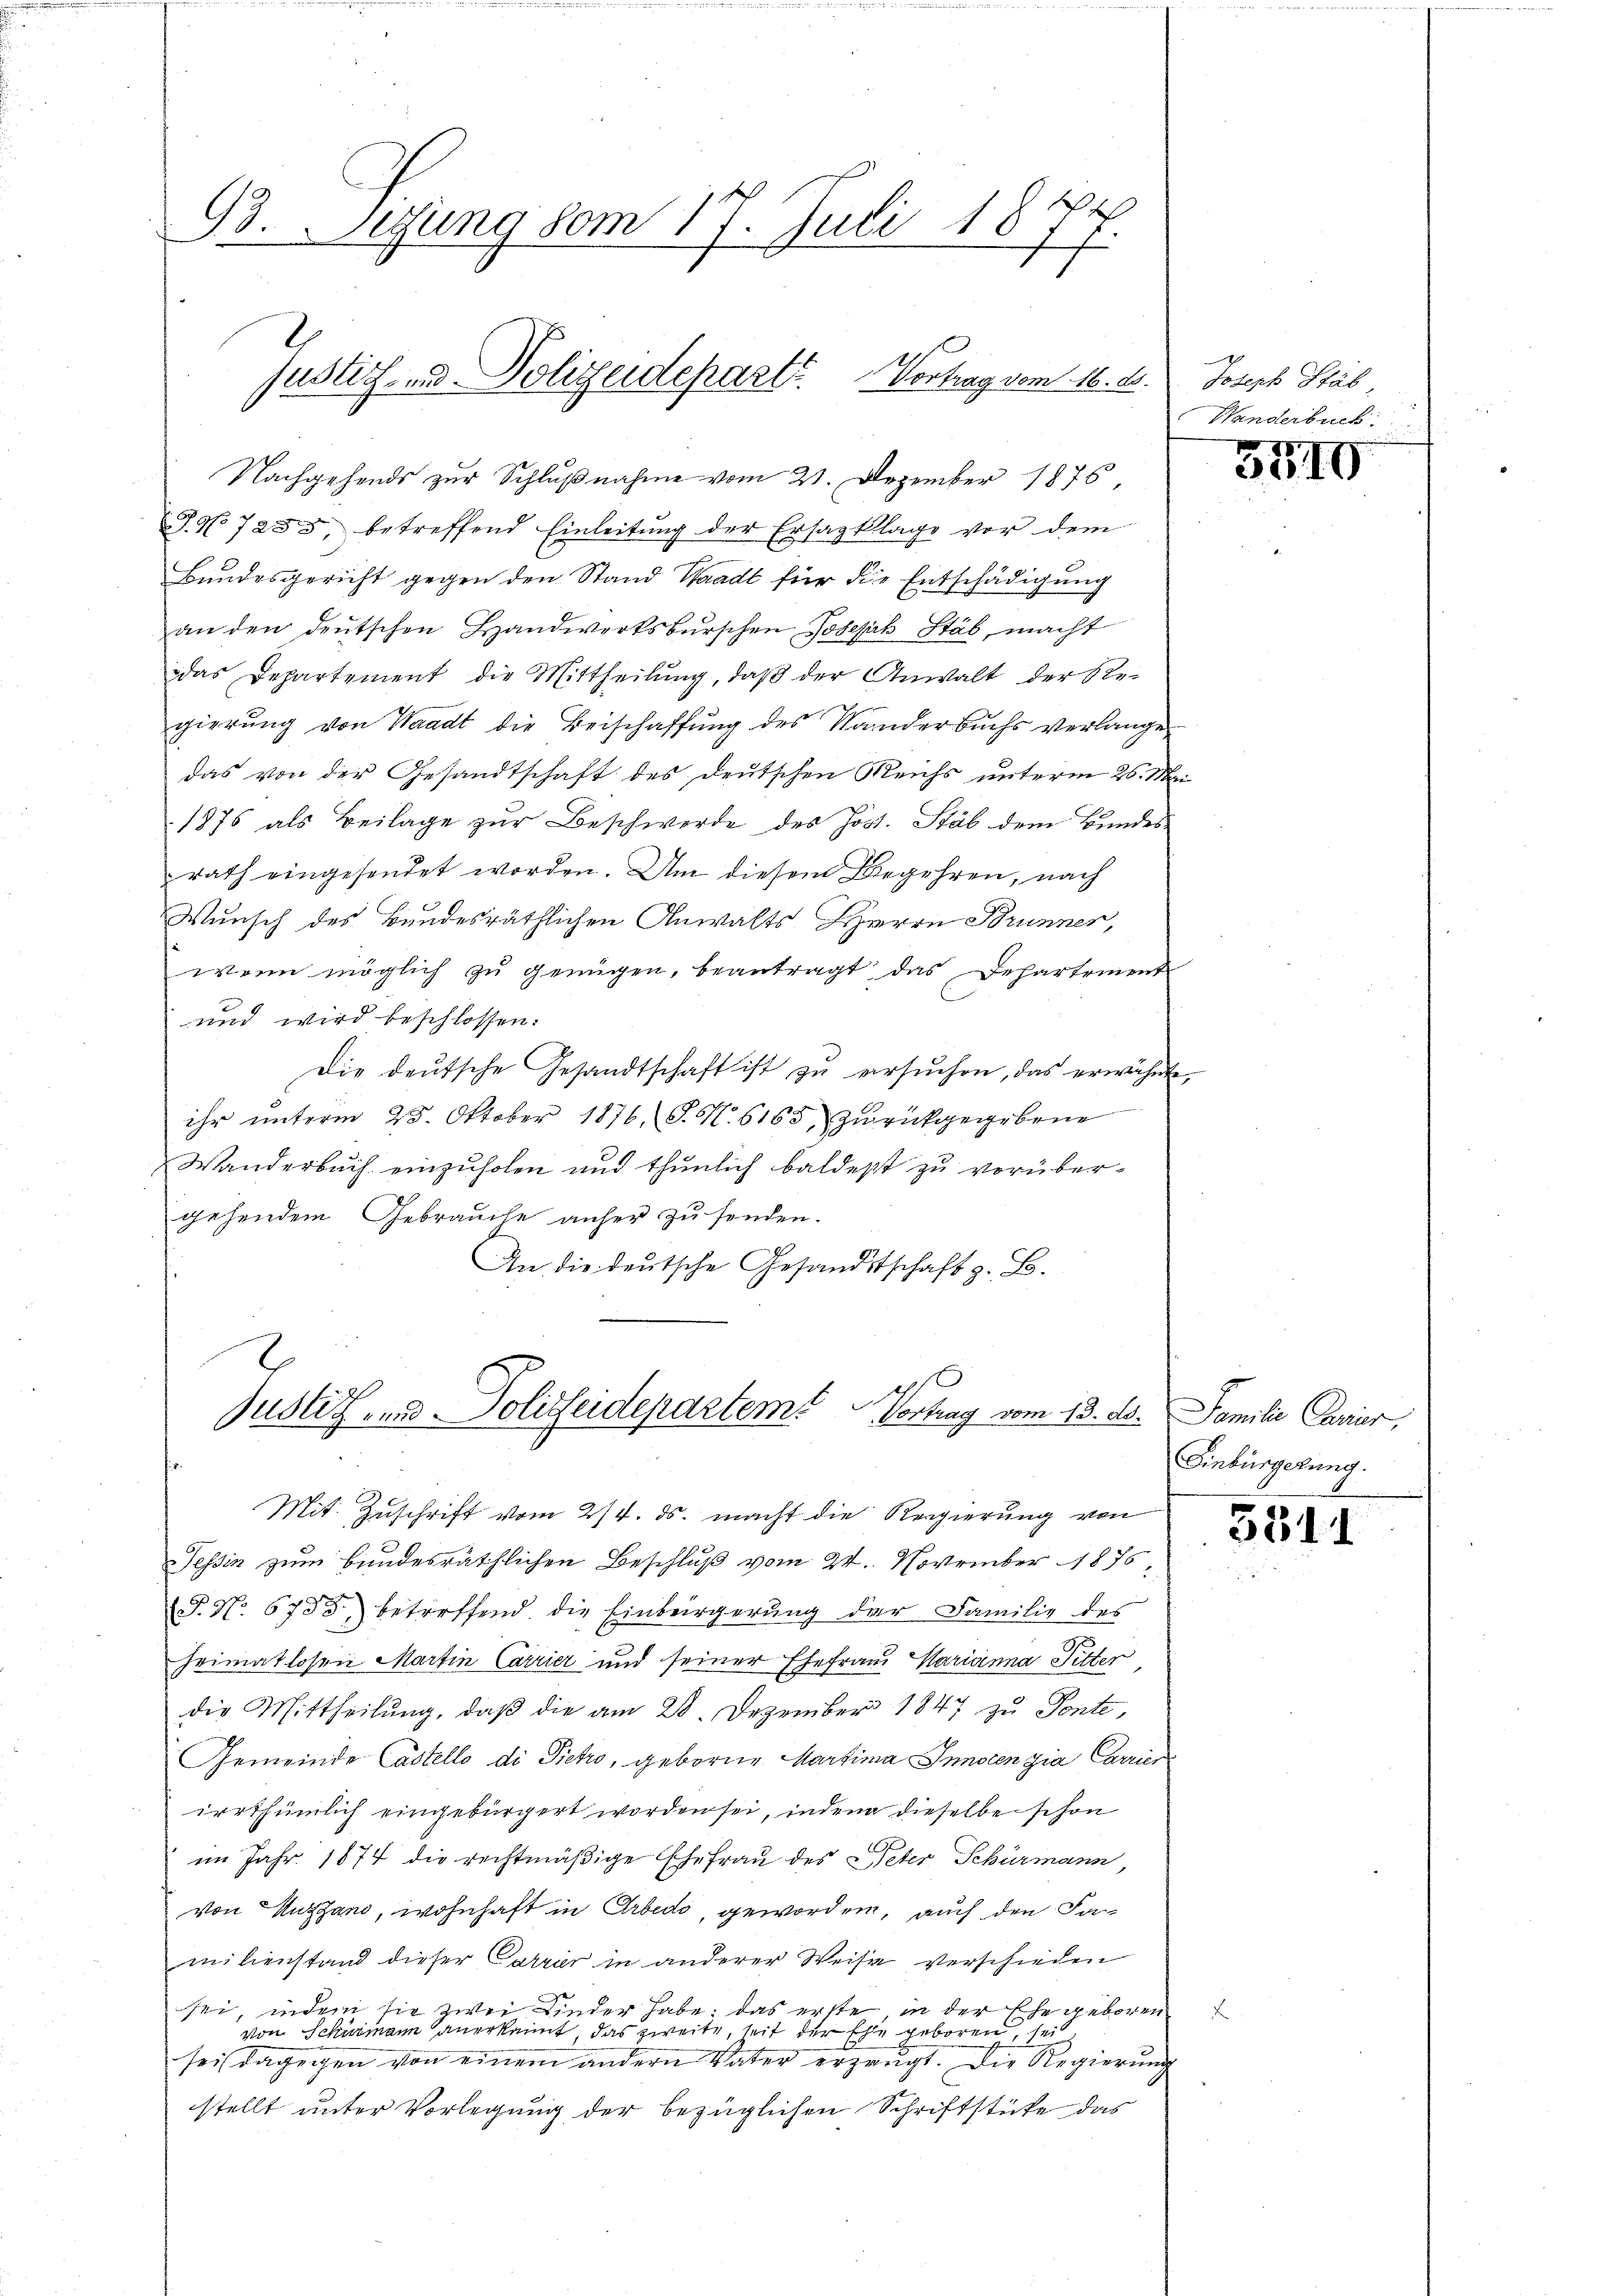
93. Sizung dem 17. Juli 1877.

justich- und Polizeideparte Vortrag vom 16. 86.

Nachgehends zur Schlußnahme vom 21. Dezember 1876,
J. No 7253, betreffend Einleitŭng der Ersazklage vor dem
Bundesgericht gegen den Stand Waadt für die Entschädigung
an den deutschen Handwerksburschen Joseph Stäb, macht
das Departement die Mittheilŭng, daβ der Anwalt der Re-
gierung von Waadt die Beischaffung des Sanderbuchs verlangedas von der Gesandtschaft des deutschen Reichs unterm 26. Mei
1875 als Beilage zur Beschwerde des Jost. Stab dem Bundes-
rath eingesendet worden. Um diesem Begehren, nach
Wunsch des Bundesräthlichen Anwalts Herrn Brunner,
wenn möglich zu genügen, beantragt, das Departement
und wird beschlossen:
Die deŭtsche Gesandtschaft ist zŭ ersŭchen, das erwähnte
ihr unterm 25. Oktober 1876, S. N. 6165, Zurückgegebene
Wanderbuch einzuholen und thunlich baldest zu vorübergehendem Gebrauche anher zu senden.
An die deutsche Gesandtschaft z. B.

a
Justiz- und Polizeidepartem Vertrag vom 13. ds.
Mit Zuschrift vom 2/4. ds. macht die Regierung von

Tessin zum Bundesräthlichen Beschluß vom 24. November 1875
(S.N. 6733) betreffend die Einbergerung der Familie des
Heimatlosen Martin Carrier und seiner Ehefrau Marianna Pitter
die Mittheilung, daß die am 20. Dezember 1847 zu Sente,
Gemeinde Castello di Pieto, geborne Martima Innoten zia Carrier
irrthümlich eingebürgert worden sei, indem dieselbe schon
im Jahr 1874 die rechtmäßige Ehefrau des Peter Schürmann
von Anstand, wohnhaft in Arbedo, geworden, auch den Fa
milienstand dieser Carrier in anderer Weise verschieden
e
sei, indem sie zwei Kinder habe; das erste in der Ehe geboren
von Schurmann anerkannt, das zweite seit der Ehe geboren sei
sei dagegen von einem andern Vater erzeugt. Die Regierŭng
stellt unter Vorlegung der bezüglichen Schriftstüke das

Joseph Stäb
Wanderbuch.

5810

Famili Carier,
Einbürgerung.

5311